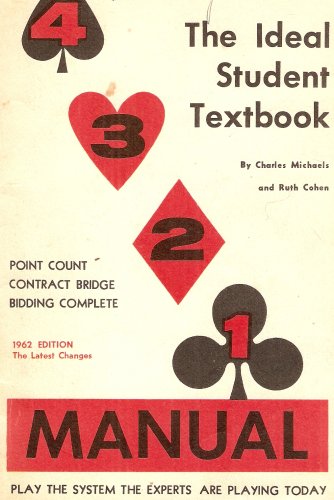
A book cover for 4 3 2 1 Manual: The Ideal Student Textbook: Point Count Contract Bridge Bidding Complete (1962 Edition, Fourth Edition); Charles Michaels; Humor & Entertainment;